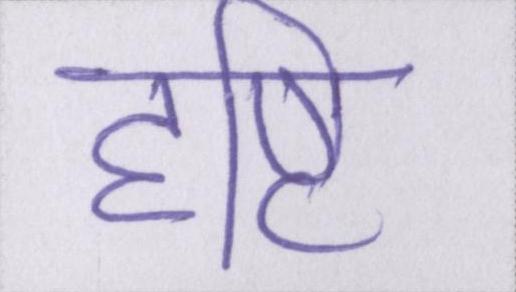
दृष्टि